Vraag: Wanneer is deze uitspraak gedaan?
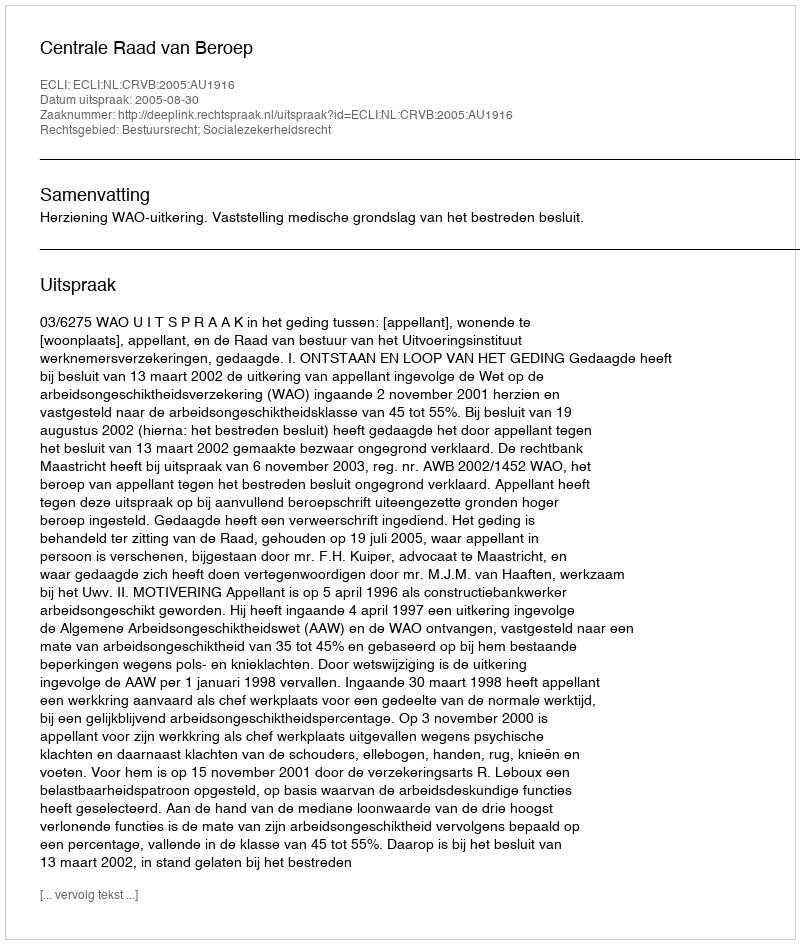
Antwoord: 2005-08-30